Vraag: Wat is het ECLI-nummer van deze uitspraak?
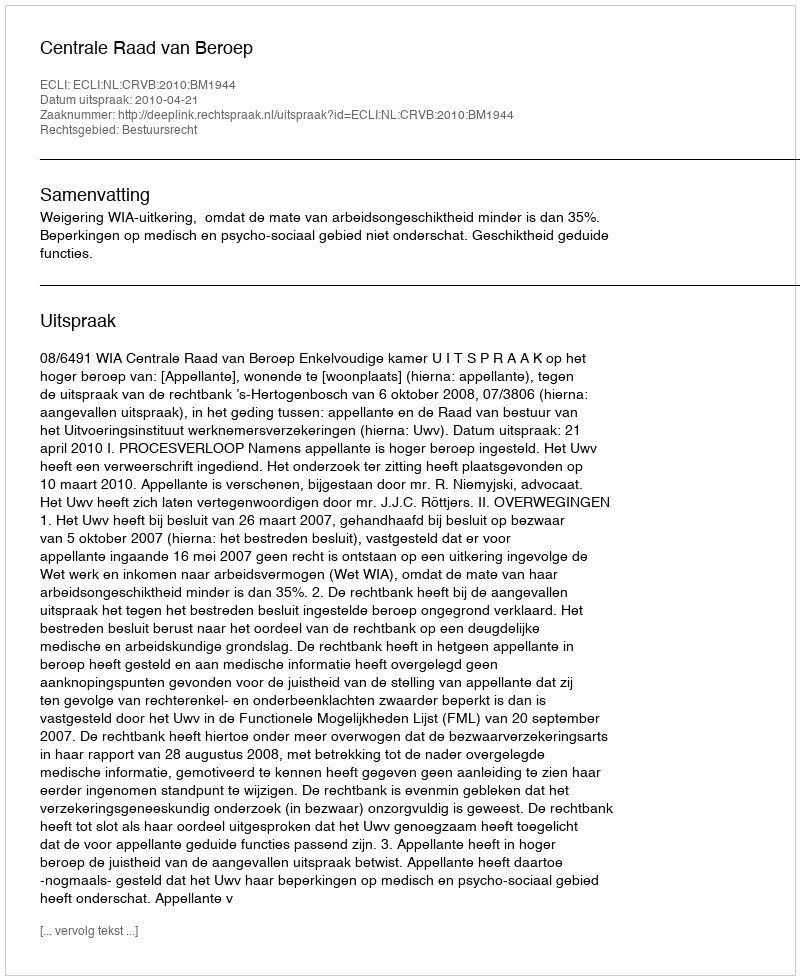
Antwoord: ECLI:NL:CRVB:2010:BM1944